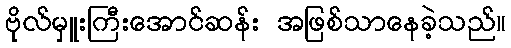
ဗိုလ်မှူးကြီးအောင်ဆန်း အဖြစ်သာနေခဲ့သည်။